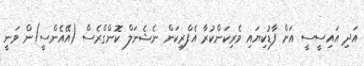
އަދި އައިސީސީ އަށް ފާޑުކިޔައި ވެރިކަންކުރާ އެފްރިކަން ނެޝެނަލް ކޮންގްރެސް (އޭއެންސީ)ން ވަނީ